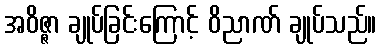
အဝိဇ္ဇာ ချုပ်ခြင်းကြောင့် ဝိညာဏ် ချုပ်သည်။